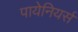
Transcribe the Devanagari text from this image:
पायेनियर्स